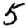
Digit: 5